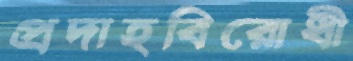
প্রদাহবিরোধী